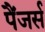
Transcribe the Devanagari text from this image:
पैंजर्स